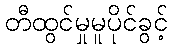
တီထွင်မှုမူပိုင်ခွင့်